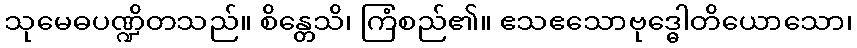
သုမေဓပဏ္ဍိတသည်။ စိန္တေသိ၊ ကြံစည်၏။ ဧသဧသောဗုဒ္ဓေါတိယောသော၊